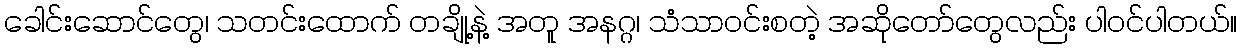
ခေါင်းဆောင်တွေ၊ သတင်းထောက် တချို့နဲ့ အတူ အနဂ္ဂ၊ သံသာဝင်းစတဲ့ အဆိုတော်တွေလည်း ပါဝင်ပါတယ်။